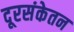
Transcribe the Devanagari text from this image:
दूरसंकेतन